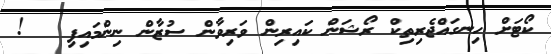
ކޯޓަށް ހިނގައްޖެރިތިކް ރޯޝަން ކައިރިން ވަރިވާން ސުޒާން ނިންމައިފި   !